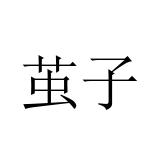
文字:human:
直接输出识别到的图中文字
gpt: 茧子